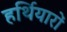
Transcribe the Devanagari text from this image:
हर्थियारों